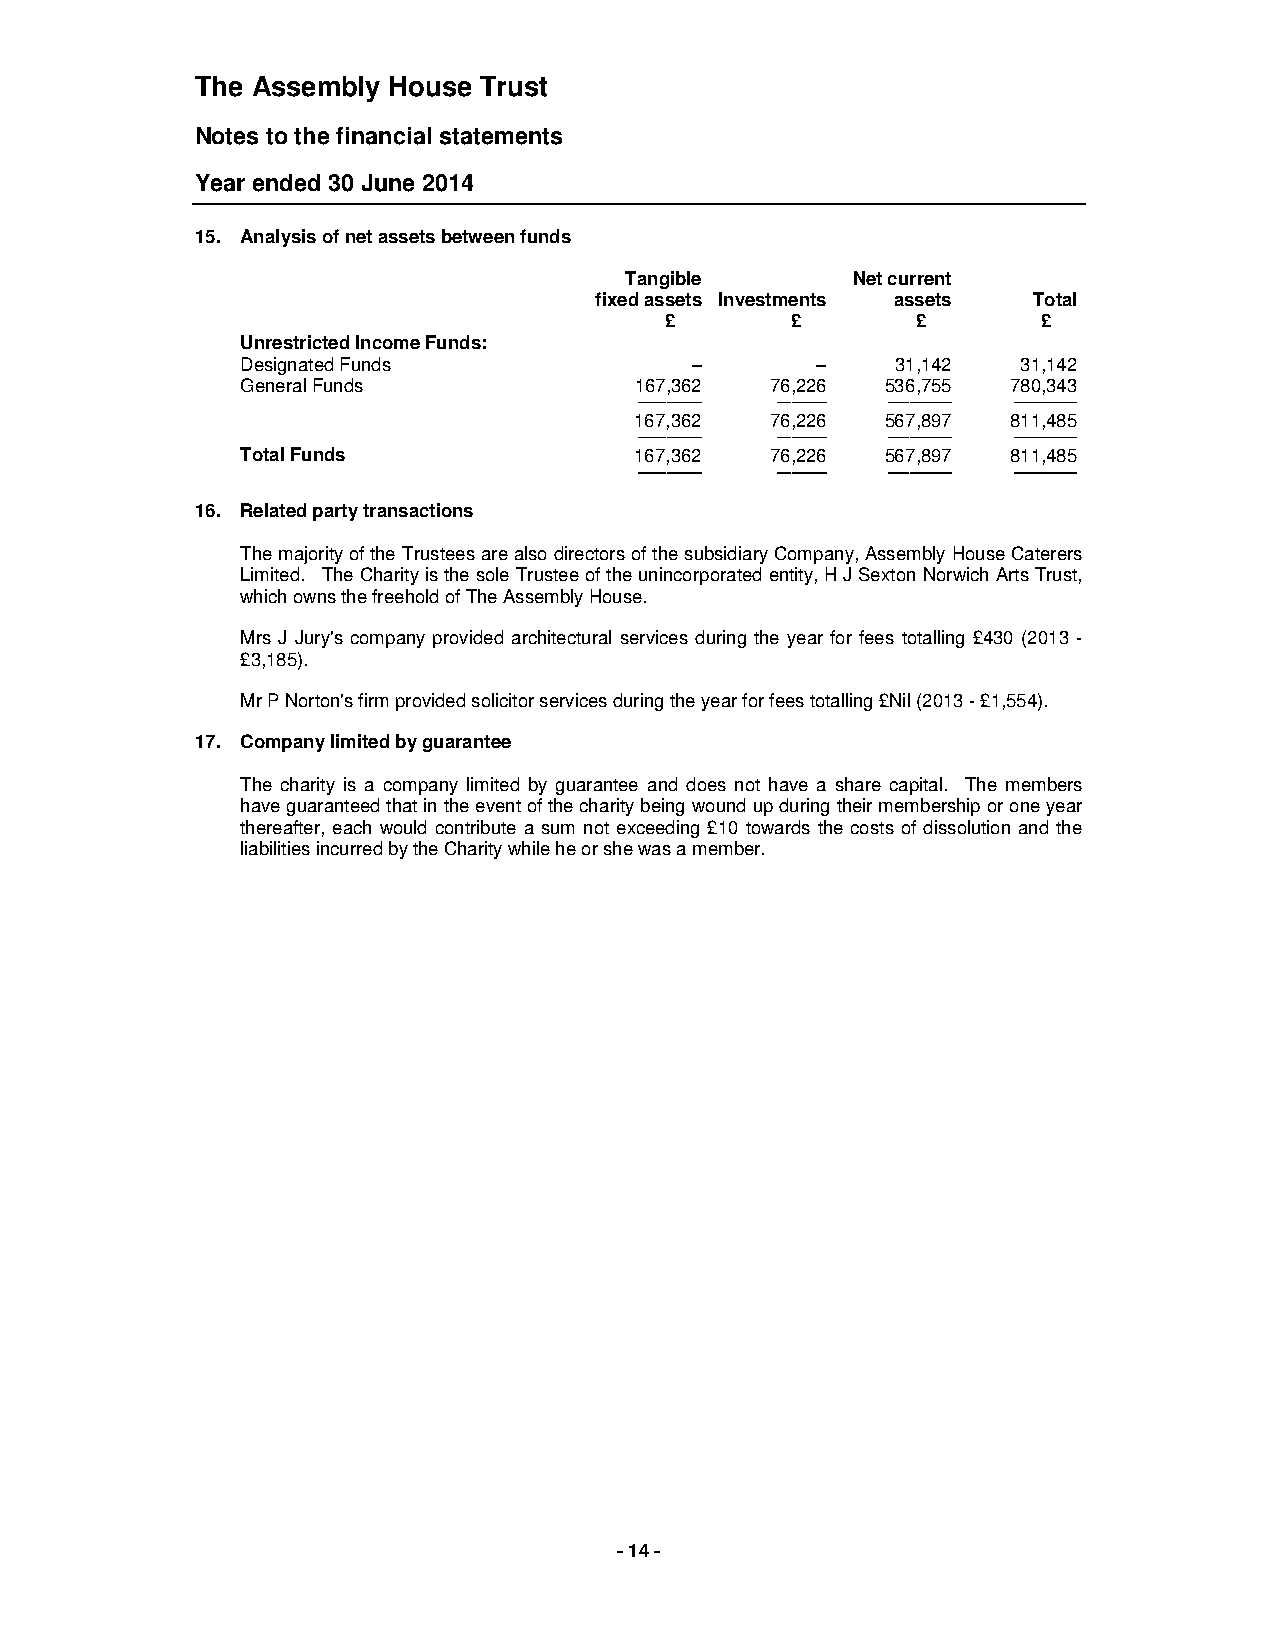
The Assembly House Trust
 Notes to the financial statements
 Year ended 30 June 2014
 15. Analysis of net assets between funds
 Tangible       Net current
 fixed assets Investments assets Total
 £       £        £       £
 Unrestricted Income Funds:
 Designated Funds              –       –    31,142   31,142
 General Funds             167,362  76,226  536,755 780,343
 ───────── ─────── ───────── ─────────
 167,362  76,226  567,897 811,485
 ───────── ─────── ───────── ─────────
 Total Funds               167,362  76,226  567,897 811,485
 ═════════ ═══════ ═════════ ═════════
 16. Related party transactions
 The majority of the Trustees are also directors of the subsidiary Company, Assembly House Caterers
 Limited. The Charity is the sole Trustee of the unincorporated entity, H J Sexton Norwich Arts Trust,
 which owns the freehold of The Assembly House.
 Mrs J Jury's company provided architectural services during the year for fees totalling £430 (2013 -
 £3,185).
 Mr P Norton's firm provided solicitor services during the year for fees totalling £Nil (2013 - £1,554).
 17. Company limited by guarantee
 The charity is a company limited by guarantee and does not have a share capital. The members
 have guaranteed that in the event of the charity being wound up during their membership or one year
 thereafter, each would contribute a sum not exceeding £10 towards the costs of dissolution and the
 liabilities incurred by the Charity while he or she was a member.
 - 14 -